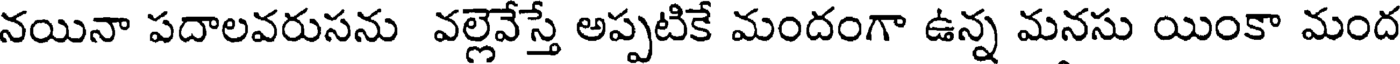
నయినా పదాలవరుసను వల్లెవేస్తే అప్పటికే మందంగా ఉన్న మనసు యింకా మంద